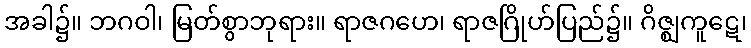
အခါ၌။ ဘဂဝါ၊ မြတ်စွာဘုရား။ ရာဇဂဟေ၊ ရာဇဂြိုဟ်ပြည်၌။ ဂိဇ္ဈကူဋေ၊